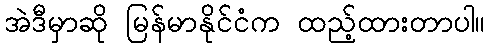
အဲဒီမှာဆို မြန်မာနိုင်ငံက ထည့်ထားတာပါ။